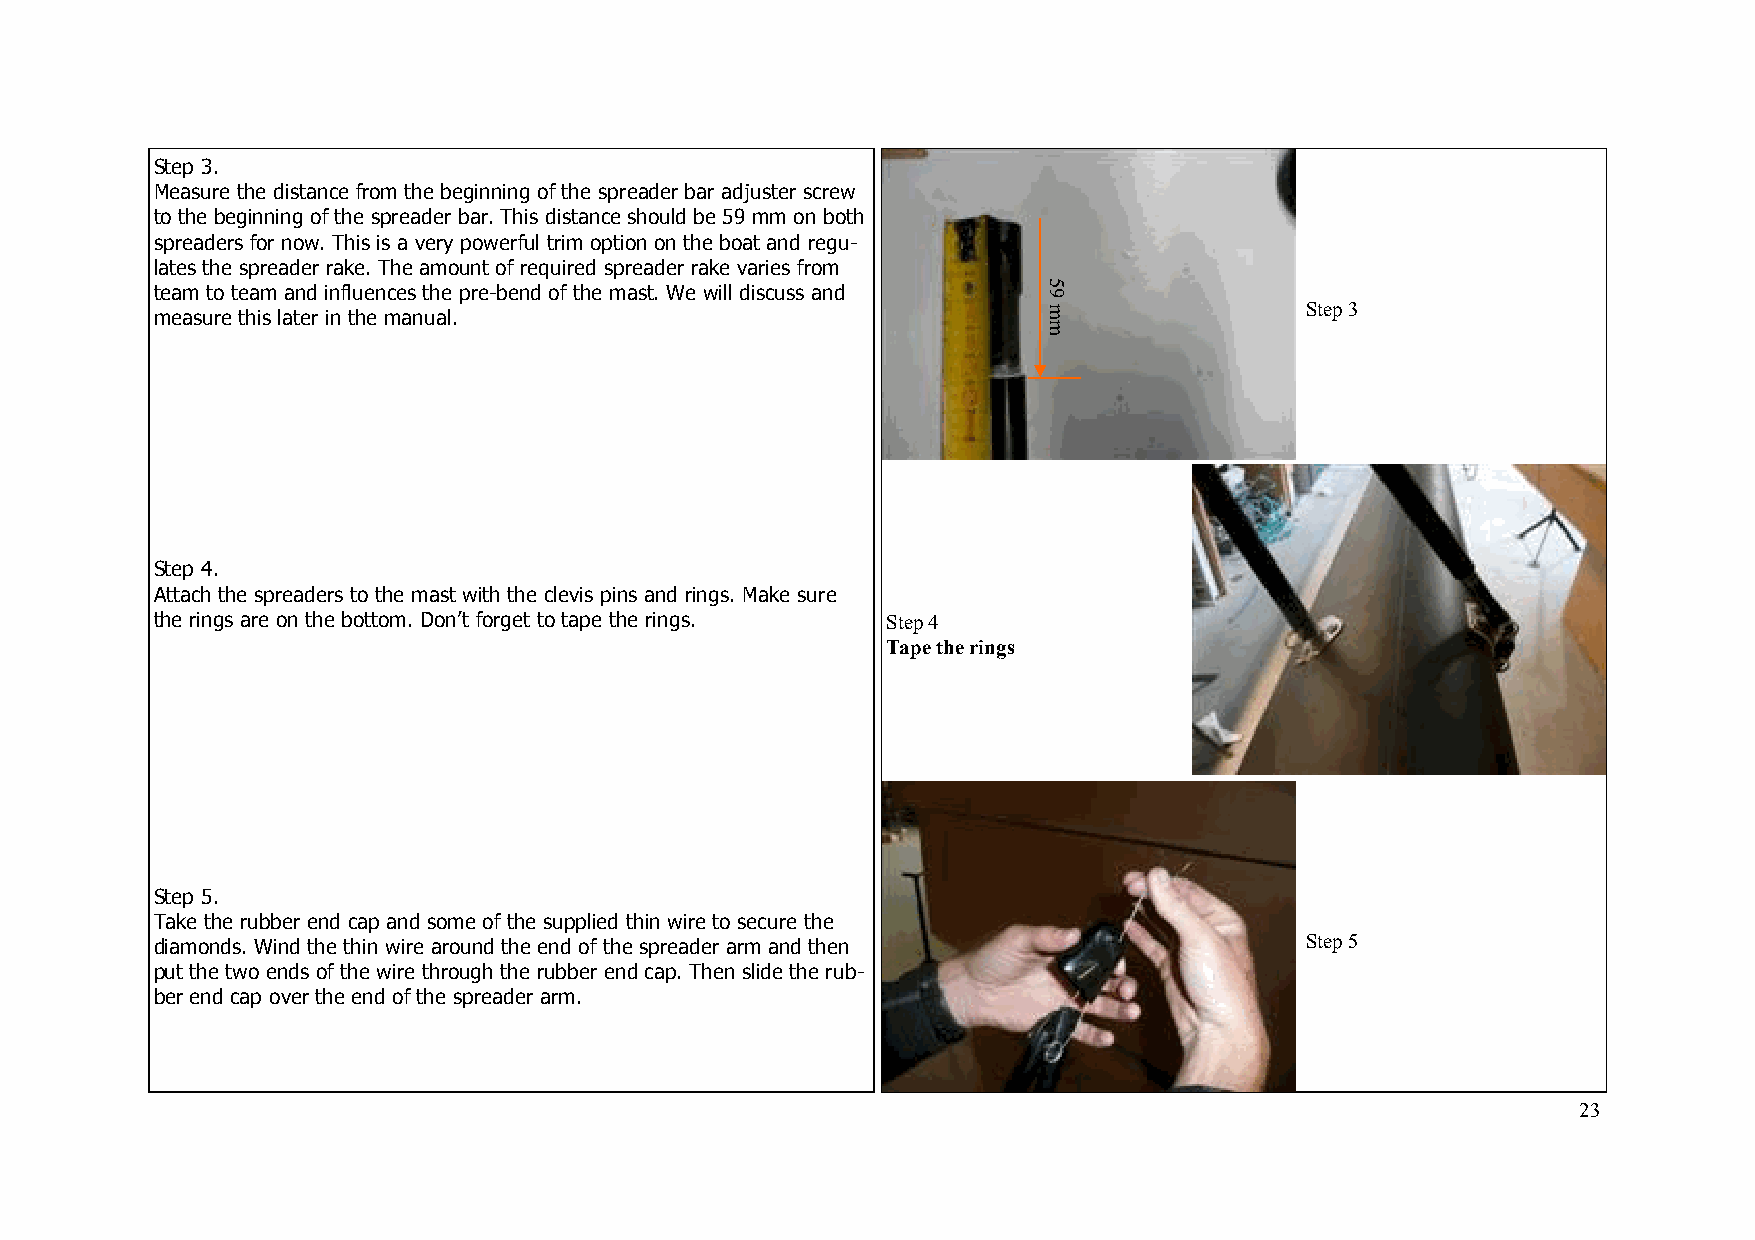
Step 3.
 Measure the distance from the beginning of the spreader bar adjuster screw
 to the beginning of the spreader bar. This distance should be 59 mm on both
 spreaders for now. This is a very powerful trim option on the boat and regu-
 lates the spreader rake. The amount of required spreader rake varies from
 team to team and influences the pre-bend of the mast. We will discuss and
 Step 3 measure this later in the manual.
 Step 4.
 Attach the spreaders to the mast with the clevis pins and rings. Make sure
 the rings are on the bottom. Don’t forget to tape the rings. Step 4
 Tape the rings
 Step 5.
 Take the rubber end cap and some of the supplied thin wire to secure the
 diamonds. Wind the thin wire around the end of the spreader arm and then    Step 5
 put the two ends of the wire through the rubber end cap. Then slide the rub-
 ber end cap over the end of the spreader arm.
 23
 59
 mm